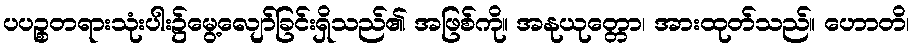
ပပဉ္စတရားသုံးပါး၌မွေ့လျော်ခြင်းရှိသည်၏ အဖြစ်ကို။ အနုယုတ္တော၊ အားထုတ်သည်။ ဟောတိ၊